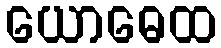
ယောဓေထ